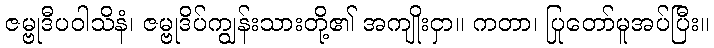
ဇမ္ဗုဒီပဝါသိနံ၊ ဇမ္ဗုဒိပ်ကျွန်းသားတို့၏ အကျိုးငှာ။ ကတာ၊ ပြုတော်မူအပ်ပြီး။